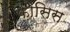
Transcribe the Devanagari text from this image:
फ़ांसिस